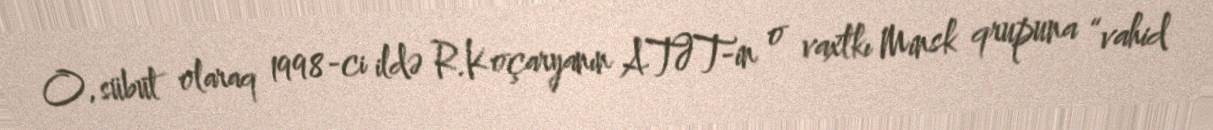
O, sübut olaraq 1998-ci ildə R.Koçaryanın ATƏT-in o vaxtkı Minsk qrupuna “vahid